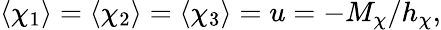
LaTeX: \langle\chi_{1}\rangle=\langle\chi_{2}\rangle=\langle\chi_{3}\rangle=u=-M_{\chi}/h_{\chi},